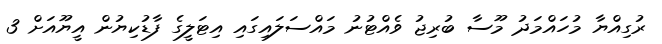
ރުގިއްޔާ މުހައްމަދު މޫސާ ބުރިޖު ވެއްޓުނު މައްސަލައިގައި އިޓަލީގެ ފާޑުކިޔުން އީޔޫއަށް 3